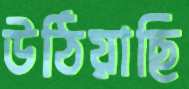
উঠিয়াছি